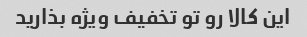
این کالا رو تو تخفیف ویژه بذارید